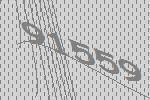
91559